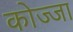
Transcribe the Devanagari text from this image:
कोज्जा